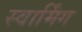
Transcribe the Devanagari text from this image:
स्वार्मिंग